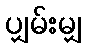
ပျှမ်းမျှ